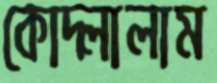
কোদ্‌লালাম